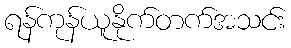
ရန်ကုန်ယူနိုက်တက်အသင်း